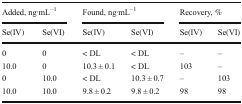
| <COLSPAN=2> Added, ng∙mL−1 | <COLSPAN=2> Found, ng∙mL−1 | <COLSPAN=2> Recovery, % |
 | Se(IV) | Se(VI) | Se(IV) | Se(VI) | Se(IV) | Se(VI) |
 | --- | --- | --- | --- | --- | --- |
 | 0 | 0 | < DL | < DL | – | – |
 | 10.0 | 0 | 10.3 ± 0.1 | < DL | 103 | – |
 | 0 | 10.0 | < DL | 10.3 ± 0.7 | – | 103 |
 | 10.0 | 10.0 | 9.8 ± 0.2 | 9.8 ± 0.2 | 98 | 98 |